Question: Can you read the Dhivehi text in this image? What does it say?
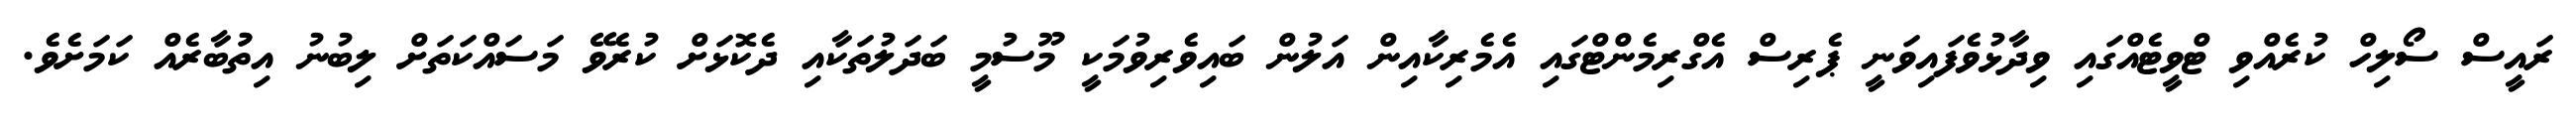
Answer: ރައީސް ސޯލިހް ކުރެއްވި ޓްވީޓެއްގައި ވިދާޅުވެފައިވަނީ ޕެރިސް އެގްރިމެންޓްގައި އެމެރިކާއިން އަލުން ބައިވެރިވުމަކީ މޫސުމީ ބަދަލުތަކާއި ދެކޮޅަށް ކުރެވޭ މަސައްކަތަށް ލިބުނު އިތުުބާރެއް ކަމަށެވެ.